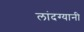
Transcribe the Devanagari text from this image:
लांदग्यानी